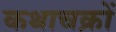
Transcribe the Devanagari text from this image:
कथाचक्रों